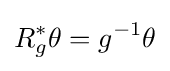
R_{g}^{*}\theta =g^{-1}\theta